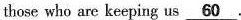
those who are keeping us\underline{60}